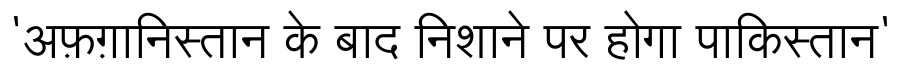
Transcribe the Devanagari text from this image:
'अफ़ग़ानिस्तान के बाद निशाने पर होगा पाकिस्तान'